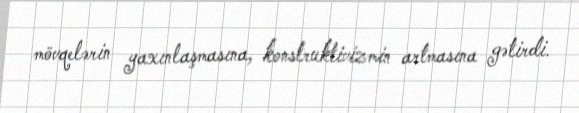
mövqelərin yaxınlaşmasına, konstruktivizmin artmasına gətirdi.